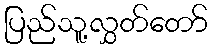
ပြည်သူ့လွှတ်တော်